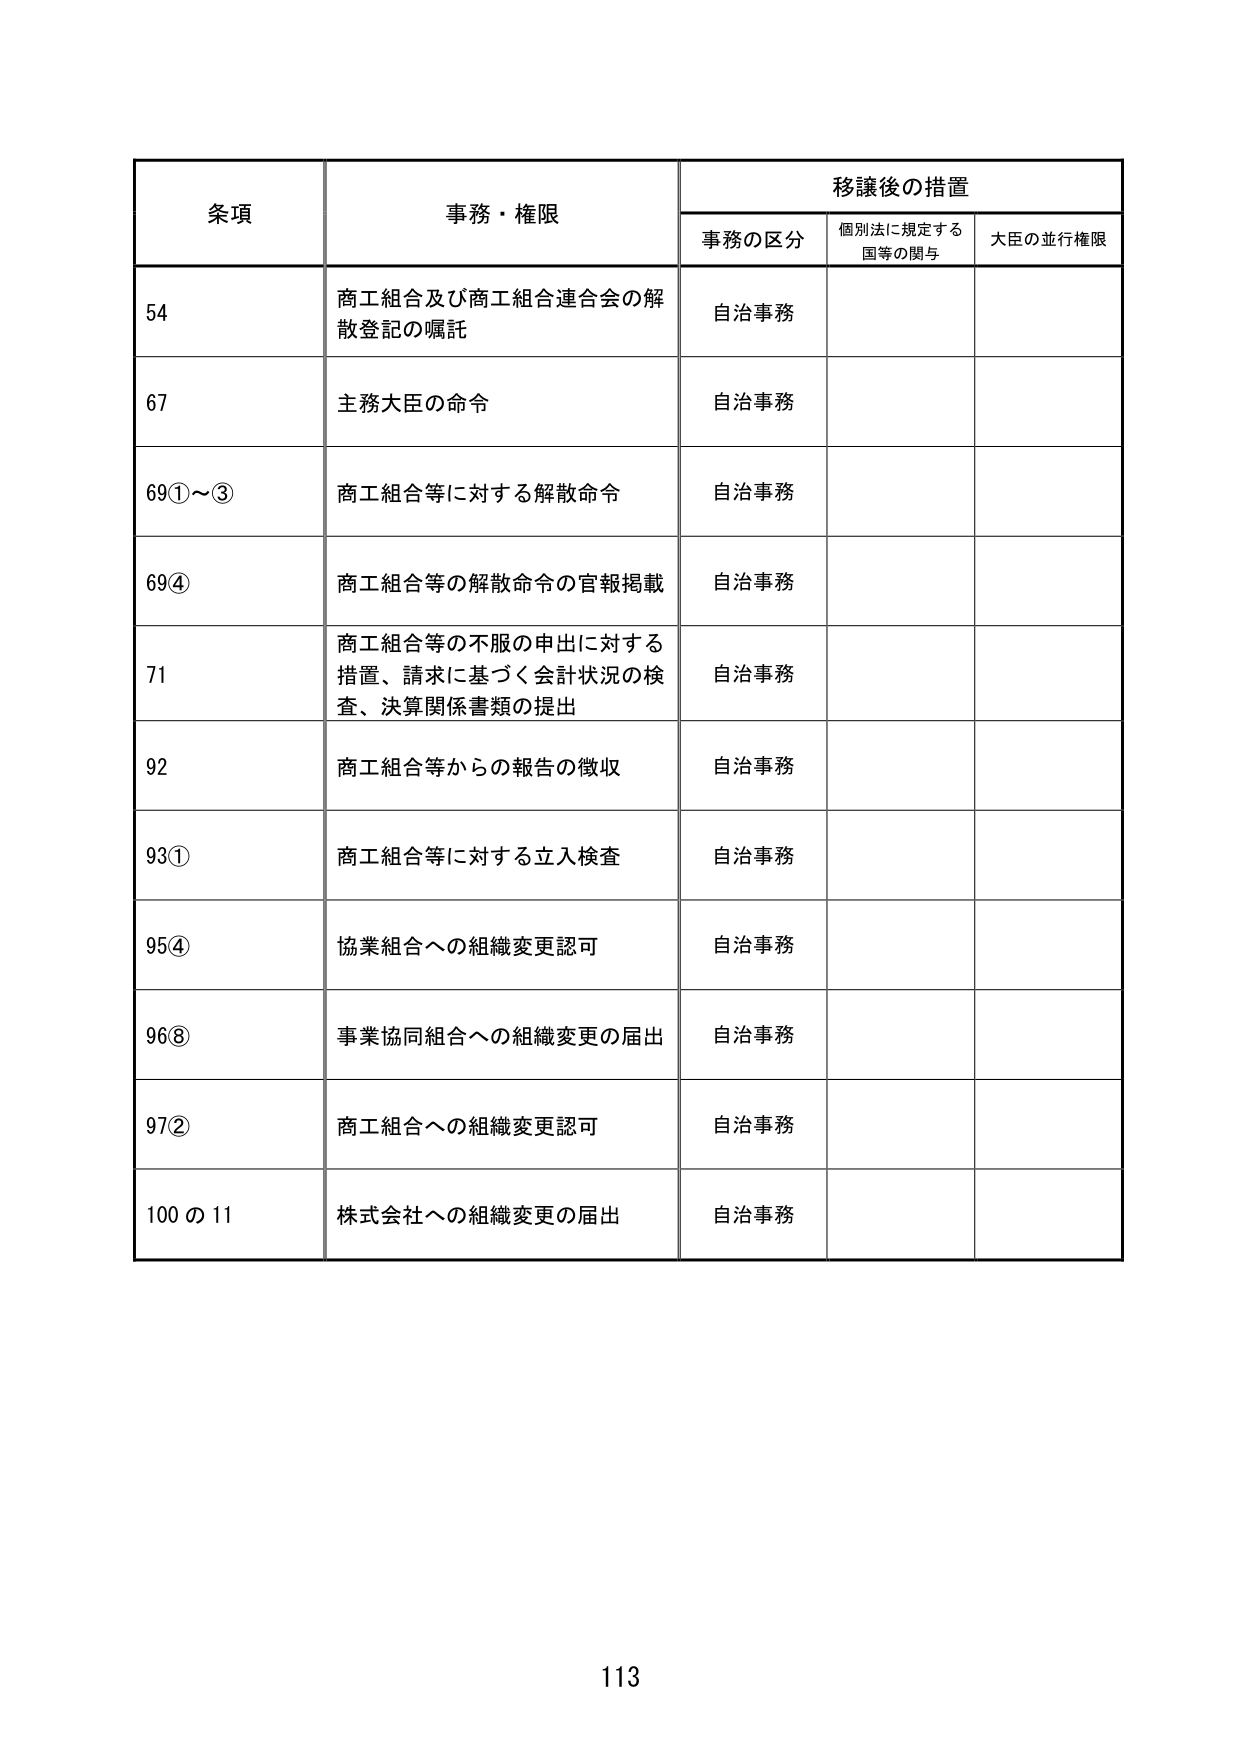
条項 事務・権限 移譲後の措置
事務の区分 個別法に規定する国等の関与 大臣の並行権限
54 商工組合及び商工組合連合会の解散登記の嘱託 自治事務
67 主務大臣の命令 自治事務
69①～③ 商工組合等に対する解散命令 自治事務
69④ 商工組合等の解散命令の官報掲載 自治事務
71 商工組合等の不服の申出に対する措置、請求に基づく会計状況の検査、決算関係書類の提出 自治事務
92 商工組合等からの報告の徴収 自治事務
93① 商工組合等に対する立入検査 自治事務
95④ 協業組合への組織変更認可 自治事務
96⑧ 事業協同組合への組織変更の届出 自治事務
97② 商工組合への組織変更認可 自治事務
100の11 株式会社への組織変更の届出 自治事務
113